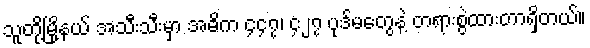
သူတို့မြို့နယ် အသီးသီးမှာ အဓိက ၄၄၇၊ ၄၂၇ ပုဒ်မတွေနဲ့ တရားစွဲထားတာရှိတယ်။